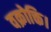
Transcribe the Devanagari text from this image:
वक्रोक्ति।